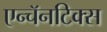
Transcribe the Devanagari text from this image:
एन्चॅनटिक्स